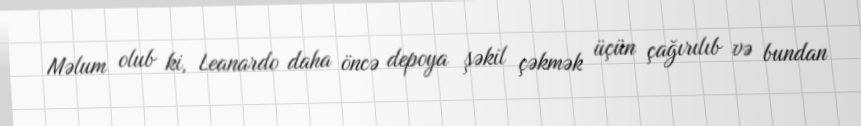
Məlum olub ki, Leanardo daha öncə depoya şəkil çəkmək üçün çağırılıb və bundan